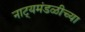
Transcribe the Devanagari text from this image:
नाट्यमंडळीच्या